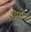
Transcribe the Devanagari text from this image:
शम्पेन